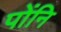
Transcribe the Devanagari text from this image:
पोंनि